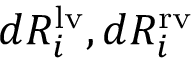
d R _ { i } ^ { \mathrm { { l v } } } , d R _ { i } ^ { \mathrm { { r v } } }